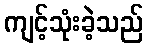
ကျင့်သုံးခဲ့သည်